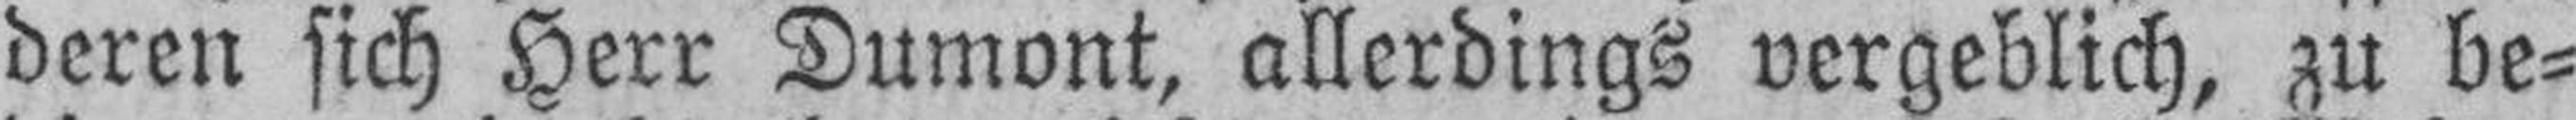
deren sich Herr Dumont, allerdings vergeblich, zu be¬